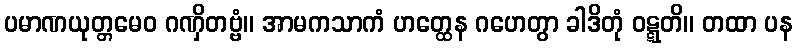
ပမာဏယုတ္တမေဝ ဂဏှိတဗ္ဗံ။ အာမကသာကံ ဟတ္ထေန ဂဟေတွာ ခါဒိတုံ ဝဋ္ဋတိ။ တထာ ပန